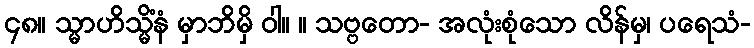
၄၈။ သ္မာဟိသ္မိံနံ မှာဘိမှိ ဝါ။ ။ သဗ္ဗတော- အလုံးစုံသော လိန်မှ၊ ပရေသံ-